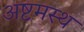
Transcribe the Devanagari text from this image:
अष्टमस्थ